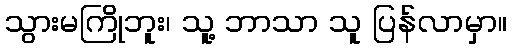
သွားမကြိုဘူး၊ သူ့ ဘာသာ သူ ပြန်လာမှာ။